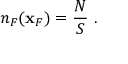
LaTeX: n _ { F } ( { \bf x } _ { F } ) = \frac { N } { S } ~ .